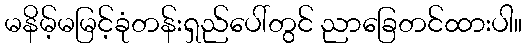
မနိမ့်မမြင့်ခုံတန်းရှည်ပေါ်တွင် ညာခြေတင်ထားပါ။